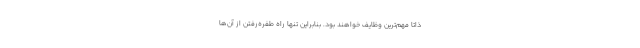
ذاتاً مهم‌ترین وظایف خواهند بود. بنابراین تنها راه طفره‌رفتن از آن‌ها